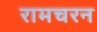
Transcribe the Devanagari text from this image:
रामचरन